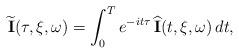
LaTeX: \begin{align*} \widetilde{\mathbf I}(\tau,\xi,\omega) = \int_0^T e^{-it\tau} \, \widehat{\mathbf I}(t,\xi,\omega) \, dt,\end{align*}